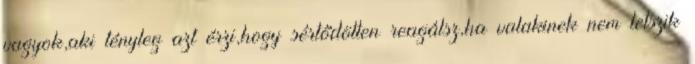
vagyok,aki tényleg azt érzi,hogy sértődötten reagálsz,ha valakinek nem tetszik